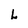
Character: L